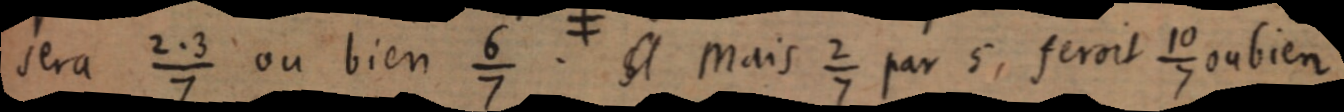
sera 2.3/7 ou bien ⁶⁄₇ [cl] Mais ²⁄₇ par 5, ferait ¹⁰⁄₇ ou bien